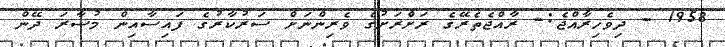
1958 - ދިވެހިރާއްޖެ:- ރާއްޖެތެރޭގެ ރަށްރަށުގެ ވެރިންނަށް ސަރުކާރުގެ ފައިސާއިން މުސާރަ ދޭން